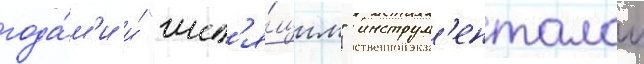
года́м'и и́ "шип'я́щим" инструм'енталом